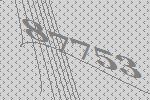
87753